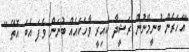
"އަހަރެން ބުނީމޭނުން ރަޝީދާ ކައިރީ ވާހަކައެއް ބުނަން ވެފަ އެބަ އޮތޭ "